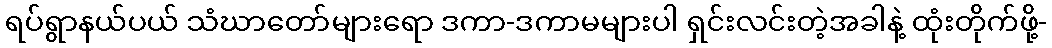
ရပ်ရွာနယ်ပယ် သံဃာတော်များရော ဒကာ-ဒကာမများပါ ရှင်းလင်းတဲ့အခါနဲ့ ထုံးတိုက်ဖို့-